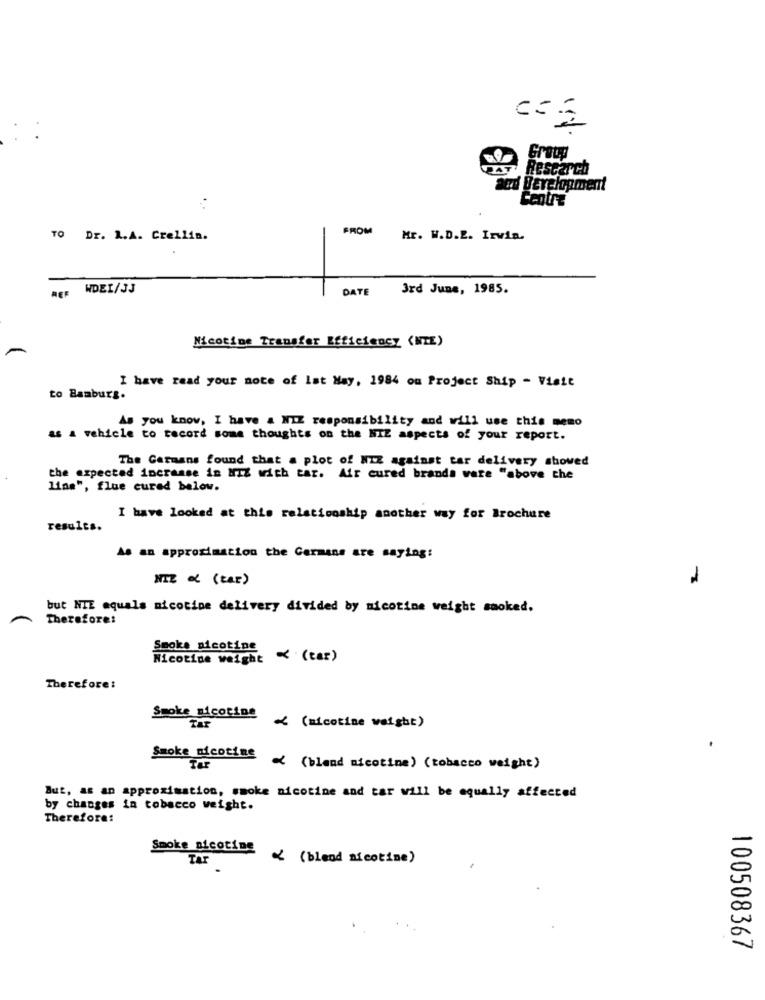
Group
Rescarch
and Development
...
FROM
TO Dr. L.A. Crellin.
Mr. W.D.E. Irwin.
REF
WDEL/JJ
DATE
3rd June, 1985.
Nicotine Transfer Efficiency (NIE)
I have read your note of Ist Hay, 1984 ou Project Ship - Visit
to Bamburs.
As you know, I have & NIZ responsibility and will use this memo
as a vehicle to record some thoughts on the NIE aspects of your report.
The Germans found that a plot of NIZ against tar delivery showed
the expected incrasse in NIZ with tar. Air cured brands vare "above che
line", flue cured below.
I have looked at this relationship another way for Brochure
results.
As an approximation the Germans are saying:
1
but NIE equals nicotine delivery divided by nicotine weight smoked.
Therefore!
Smoke nicotine
Nicotine weight
K (car)
Therefore:
Smoke nicotine
TAF
< (nicotine weight)
Smoke nicotine
Ter
< (bland nicotine) (tobacco weight)
But, as an approximation, smoke nicotine and tar will be equally affected
by changes in tobacco weight.
Therefore:
Smoke nicotine
TAT
< ( bleed nicotine)
100508367